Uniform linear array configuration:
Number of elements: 48
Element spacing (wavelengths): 0.75
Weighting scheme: blackman
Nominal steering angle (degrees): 45
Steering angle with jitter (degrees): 46.576
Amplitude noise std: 0.05
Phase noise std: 0.05

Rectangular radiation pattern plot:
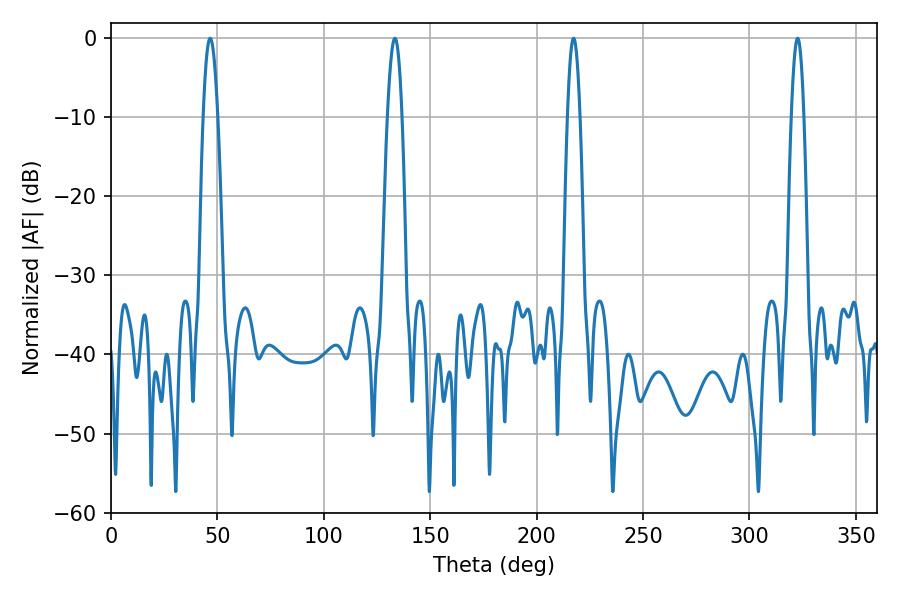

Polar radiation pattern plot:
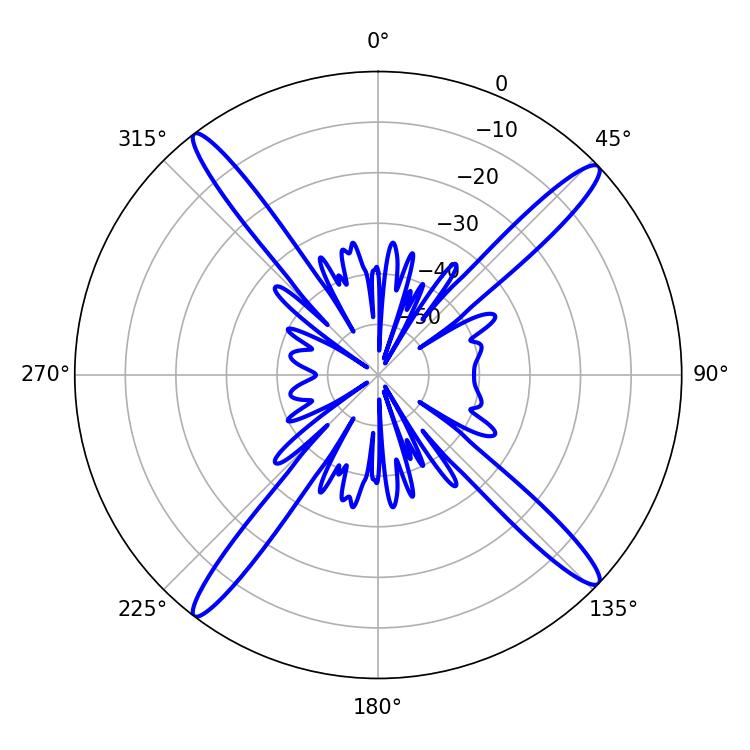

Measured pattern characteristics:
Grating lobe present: TRUE
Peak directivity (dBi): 18.37
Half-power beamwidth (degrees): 3.6
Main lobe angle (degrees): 46.62